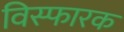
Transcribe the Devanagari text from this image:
विस्‍फारक